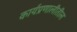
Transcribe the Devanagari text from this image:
कार्यप्रणालीतील